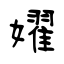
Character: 嬥